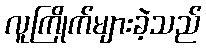
လူကြိုက်များခဲ့သည်